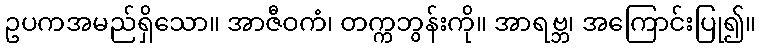
ဥပကအမည်ရှိသော။ အာဇီဝကံ၊ တက္ကဘွန်းကို။ အာရဗ္ဘ၊ အကြောင်းပြု၍။